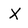
Character: X